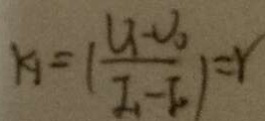
k _ { 1 } = ( \frac { U _ { 1 } - U _ { 0 } } { I _ { 1 } - I _ { 0 } } ) = r